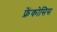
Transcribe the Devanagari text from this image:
फ्रेंकोसिस